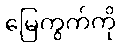
မြေကွက်ကို